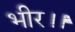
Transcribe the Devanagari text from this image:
भीर।।